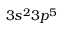
3 s ^ { 2 } 3 p ^ { 5 }